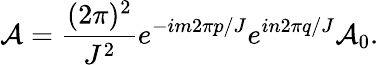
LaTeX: {\cal A}=\frac{(2\pi)^{2}}{J^{2}}e^{-im2\pi p/J}e^{in2\pi q/J}{\cal A}_{0}.